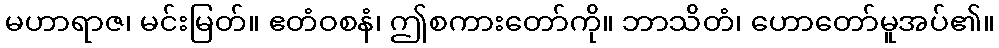
မဟာရာဇ၊ မင်းမြတ်။ ဧတံဝစနံ၊ ဤစကားတော်ကို။ ဘာသိတံ၊ ဟောတော်မူအပ်၏။